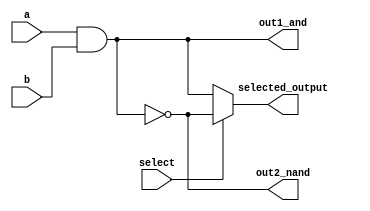
// 821811 - Felipe Rivetti Mizher

// ------------------------- 
// Guia_0701 - GATES 
// ------------------------- 

// ------------------------- 
//  f7_gate 
// ------------------------- 
module f7(  input wire a,
            input wire b,
            input wire select,
            output wire out1_and,
            output wire out2_nand,
            output wire selected_output );

    assign out1_and = a & b;
    assign out2_nand = ~(a & b);
    assign selected_output = select ? out2_nand : out1_and;

endmodule // end f7

// ------------------------- 
//  multiplexer 
// ------------------------- 
module mux( 
    output wire s, 
    input  wire a, 
    input  wire b, 
    input  wire select ); 

// definir dados locais 
    wire not_select; 
    wire sa; 
    wire sb; 

// descrever por portas 
    not NOT1( not_select, select ); 

    and AND1( sa, a, not_select ); 
    and AND2( sb, b,    select  ); 

    or  OR1     ( s , sa, sb ); 
endmodule // mux 


module test_f7; 
    // ------------------------- definir dados 
    reg  x; 
    reg  y; 
    reg  s; 
    wire w; 
    wire z; 
    wire out1_and;
    wire out2_nand;
    wire selected_output;

    f7 modulo( x, y, s, out1_and, out2_nand, selected_output ); 

    mux MUX1( z, out1_and, out2_nand, s ); 

    // ------------------------- parte principal 

    initial 
    begin : main 
        $display("Guia_0701 - Felipe Rivetti Mizher - 821811"); 
        $display("Test LU's module"); 
        $display("   x    y    s    z"); 

        x = 1'b0;  y = 1'b1;  s = 1'b0; 

    // projetar testes do modulo 
        #1    $monitor("%4b %4b %4b %4b", x, y, s, z); 
        #1     s = 1'b1; 

    end 
endmodule // test_f7